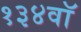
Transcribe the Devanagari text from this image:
१३४वॉ